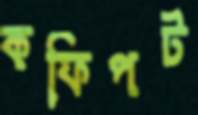
কফিপট